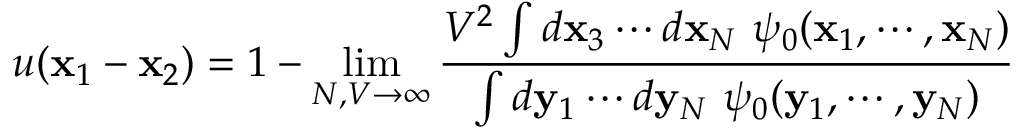
u ( \mathbf x _ { 1 } - \mathbf x _ { 2 } ) = 1 - \operatorname* { l i m } _ { N , V \to \infty } \frac { V ^ { 2 } \int d \mathbf x _ { 3 } \cdots d \mathbf x _ { N } \ \psi _ { 0 } ( \mathbf x _ { 1 } , \cdots , \mathbf x _ { N } ) } { \int d \mathbf y _ { 1 } \cdots d \mathbf y _ { N } \ \psi _ { 0 } ( \mathbf y _ { 1 } , \cdots , \mathbf y _ { N } ) }